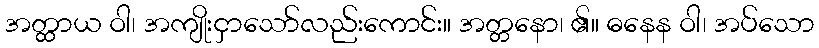
အတ္ထာယ ဝါ၊ အကျိုးငှာသော်လည်းကောင်း။ အတ္တနော၊ ၏။ ဓနေန ဝါ၊ အပ်သော